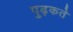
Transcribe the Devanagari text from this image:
पुढ़कते